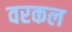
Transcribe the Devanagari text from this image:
वरकल